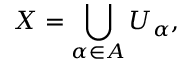
X = \bigcup _ { \alpha \in A } U _ { \alpha } ,